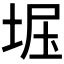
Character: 𫭺